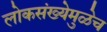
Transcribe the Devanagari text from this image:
लोकसंख्येमुळेच